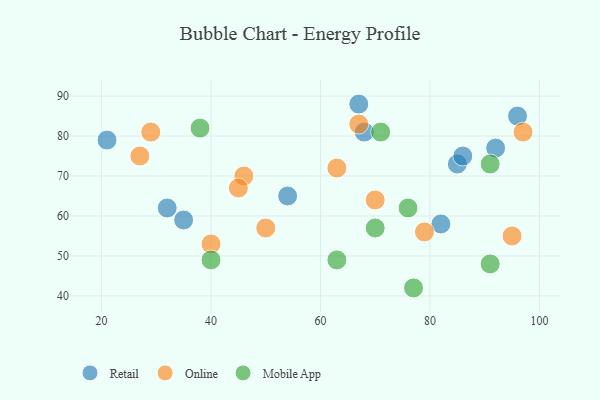
{"axis": {"x": "GDP", "y": "Life Expectancy"}, "legend": ["Mobile App", "Online", "Retail"], "data": [{"x": "35", "y": 59, "type": "Retail"}, {"x": "92", "y": 77, "type": "Retail"}, {"x": "96", "y": 85, "type": "Retail"}, {"x": "21", "y": 79, "type": "Retail"}, {"x": "54", "y": 65, "type": "Retail"}, {"x": "82", "y": 58, "type": "Retail"}, {"x": "85", "y": 73, "type": "Retail"}, {"x": "32", "y": 62, "type": "Retail"}, {"x": "68", "y": 81, "type": "Retail"}, {"x": "86", "y": 75, "type": "Retail"}, {"x": "67", "y": 88, "type": "Retail"}, {"x": "46", "y": 70, "type": "Online"}, {"x": "67", "y": 83, "type": "Online"}, {"x": "70", "y": 64, "type": "Online"}, {"x": "40", "y": 53, "type": "Online"}, {"x": "29", "y": 81, "type": "Online"}, {"x": "95", "y": 55, "type": "Online"}, {"x": "63", "y": 72, "type": "Online"}, {"x": "27", "y": 75, "type": "Online"}, {"x": "50", "y": 57, "type": "Online"}, {"x": "97", "y": 81, "type": "Online"}, {"x": "79", "y": 56, "type": "Online"}, {"x": "45", "y": 67, "type": "Online"}, {"x": "91", "y": 48, "type": "Mobile App"}, {"x": "70", "y": 57, "type": "Mobile App"}, {"x": "91", "y": 73, "type": "Mobile App"}, {"x": "38", "y": 82, "type": "Mobile App"}, {"x": "63", "y": 49, "type": "Mobile App"}, {"x": "76", "y": 62, "type": "Mobile App"}, {"x": "77", "y": 42, "type": "Mobile App"}, {"x": "40", "y": 49, "type": "Mobile App"}, {"x": "71", "y": 81, "type": "Mobile App"}]}